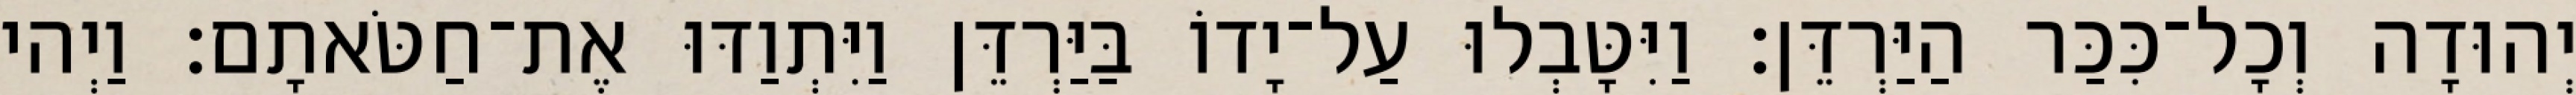
יְהוּדָה וְכָל־כִּכַּר הַיַּרְדֵּן׃ וַיִּטָּבְלוּ עַל־יָדוֹ בַּיַּרְדֵּן וַיִּתְוַדּוּ אֶת־חַטֹּאתָם׃ וַיְהי